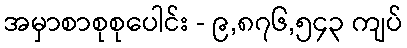
အမှာစာစုစုပေါင်း - ၉,၈၇၆,၅၄၃ ကျပ်